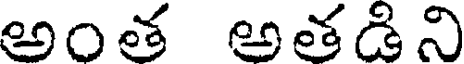
అంత అతడిని